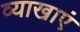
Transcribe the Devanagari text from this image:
व्याखाएं